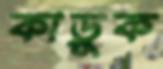
কাড়ুক